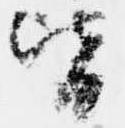
皆